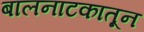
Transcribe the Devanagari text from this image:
बालनाटकातून